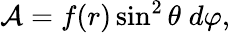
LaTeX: {\cal A}=f(r)\sin^{2}\theta\; d\varphi,